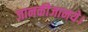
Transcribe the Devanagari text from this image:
जानकीजानये।